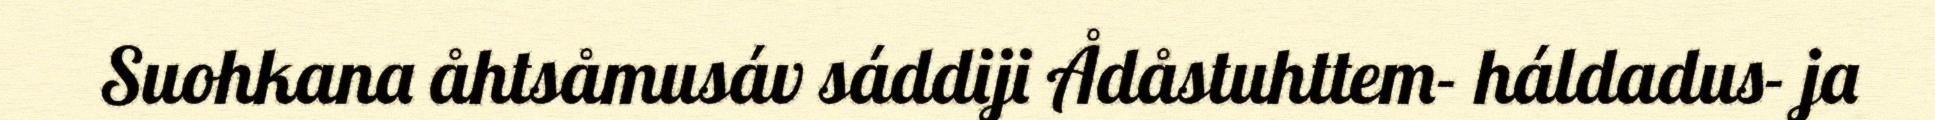
Suohkana åhtsåmusáv sáddiji Ådåstuhttem- háldadus- ja